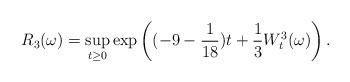
LaTeX: \begin{align*}R_3(\omega)=\sup_{t\geq0}\exp\left((-9-\frac{1}{18})t+\frac13W_t^3(\omega)\right).\end{align*}